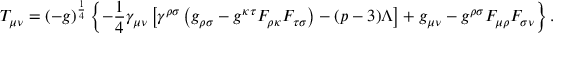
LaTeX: T _ { \mu \nu } = ( - g ) ^ { \frac { 1 } { 4 } } \left\{ - \frac { 1 } { 4 } \gamma _ { \mu \nu } \left[ \gamma ^ { \rho \sigma } \left( g _ { \rho \sigma } - g ^ { \kappa \tau } F _ { \rho \kappa } F _ { \tau \sigma } \right) - ( p - 3 ) \Lambda \right] + g _ { \mu \nu } - g ^ { \rho \sigma } F _ { \mu \rho } F _ { \sigma \nu } \right\} .